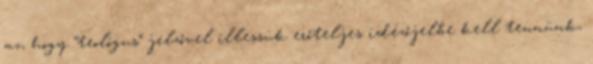
az, hogy “teológus” jelzővel illessük erőteljes idézőjelbe kell tennünk,